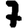
Digit: 7